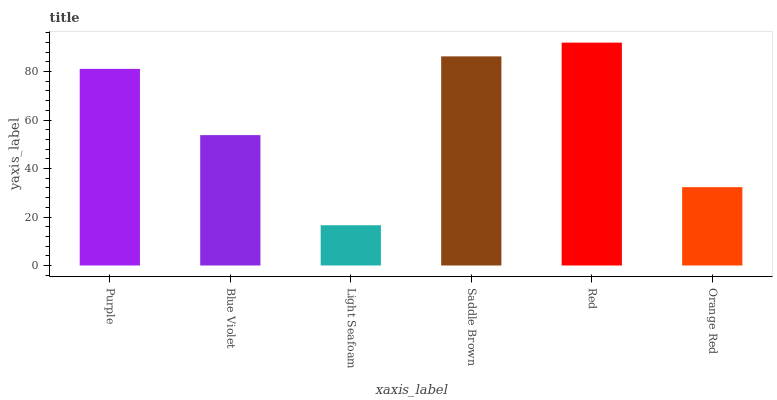
| xaxis_label | bars |
 | --- | --- |
 | Purple | 81.1 |
 | Blue Violet | 53.8 |
 | Light Seafoam | 16.6 |
 | Saddle Brown | 86.3 |
 | Red | 91.9 |
 | Orange Red | 32.3 |